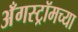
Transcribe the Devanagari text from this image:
अँगस्ट्रॉमच्या